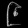
Digit: ၉